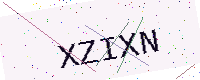
Text: XZIXN